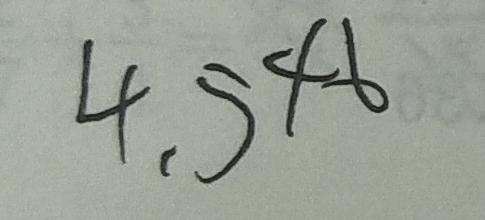
4 . 5 4 6